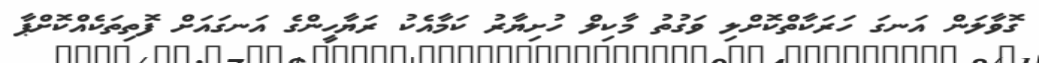
ގޮވާލަން އަނގަ ހަރަކާތްކޮށްލި ވަގުތު މާކިލް ހުށިޔާރު ކަމާއެކު ރަޔާހީންގެ އަނގައަށް ފޮތިތަކެއްކޮށްޕާ